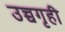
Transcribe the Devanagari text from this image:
उच्चगृही